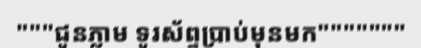
"""ជូនភ្លាម ទូរស័ព្ទប្រាប់មុនមក"""""""